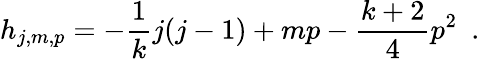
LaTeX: h_{j,m,p}=-\frac{1}{k}j(j-1)+mp-\frac{k+2}{4}p^{2}~~.